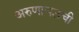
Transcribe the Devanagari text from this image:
अरुणाचलची